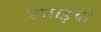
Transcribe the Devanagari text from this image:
रमाईंचा